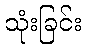
သုံးခြင်း